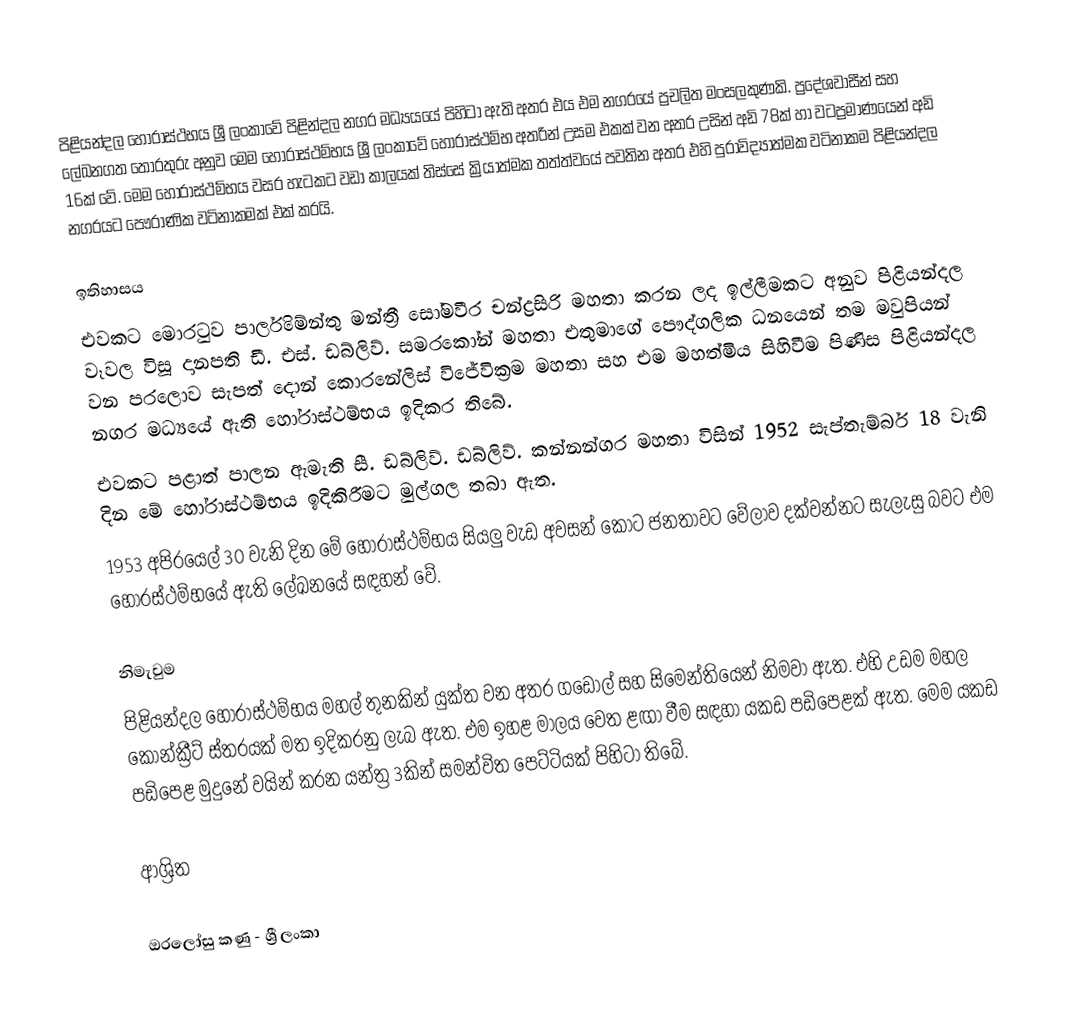
පිළියන්දල හෝරාස්ථභය ශ්‍රී ලංකාවේ පිළින්දල නගර මධ්‍යයයේ පිහිටා ඇති අතර එය එම නගරයේ ප්‍රචලිත මංසලකුණකි. ප්‍රදේශවාසීන් සහ ලේඛනගත තොරතුරු අනුව මෙම හෝරාස්ථම්භය ශ්‍රී ලංකාවේ හෝරාස්ථම්භ අතරින් උසම එකක් වන අතර උසින් අඩි 78ක් හා වටප්‍රමාණයෙන් අඩි 16ක් වේ. මෙම හෝරාස්ථම්භය වසර හැටකට වඩා කාලයක් තිස්සේ ක්‍රියාත්මක තත්ත්වයේ පවතින අතර එහි පුරාවිද්‍යාත්මක වටිනාකම පිළියන්දල නගරයට පෞරාණික වටිනාකමක් එක් කරයි.

ඉතිහාසය
එවකට මොරටුව පාර්ලිමේන්තු මන්ත්‍රී සෝමවීර චන්ද්‍රසිරි මහතා කරන ලද ඉල්ලීමකට අනුව පිළියන්දල වෑවල විසූ දානපති ඩී. එස්. ඩබ්ලිව්. සමරකෝන් මහතා එතුමාගේ පෞද්ගලික ධනයෙන් තම මවුපියන් වන පරලොව සැපත් දොන් කොරනේලිස් විජේවික්‍රම මහතා සහ එම මහත්මිය සිහිවීම පිණිස පිළියන්දල නගර මධ්‍යයේ ඇති හෝරාස්ථම්භය ඉදිකර තිබේ.
එවකට පළාත් පාලන ඇමැති සී. ඩබ්ලිව්. ඩබ්ලිව්. කන්නන්ගර මහතා විසින් 1952 සැප්තැම්බර් 18 වැනි දින මේ හෝරාස්ථම්භය ඉදිකිරීමට මුල්ගල තබා ඇත.
1953 අපි‍්‍රයෙල් 30 වැනි දින මේ හෝරාස්ථම්භය සියලු වැඩ අවසන් කොට ජනතාවට වේලාව දක්වන්නට සැලැසු බවට එම හෝරස්ථම්භයේ ඇති ලේඛනයේ සඳහන් වේ.

නිමැවුම
පිළියන්දල හෝරාස්ථම්භය මහල් තුනකින් යුක්ත වන අතර ගඩොල් සහ සිමෙන්තියෙන් නිමවා ඇත. එහි උඩම මහල කොන්ක්‍රීට් ස්තරයක් මත ඉදිකරනු ලැබ ඇත. එම ඉහළ මාලය වෙත ළඟා වීම සඳහා යකඩ පඩිපෙළක් ඇත. මෙම යකඩ පඩිපෙළ මුදුනේ වයින් කරන යන්ත්‍ර 3කින් සමන්විත පෙට්ටියක් පිහිටා තිබේ.

ආශ්‍රිත

ඔරලෝසු කණු - ශ්‍රී ලංකා